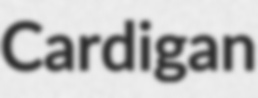
Cardigan